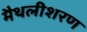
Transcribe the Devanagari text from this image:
मैथलीशरण